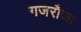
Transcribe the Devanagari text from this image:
गजरौजा